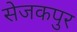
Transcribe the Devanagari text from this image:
सेजकपुर